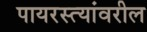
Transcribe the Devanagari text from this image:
पायरस्त्यांवरील